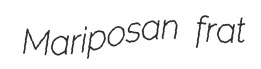
Mariposan frat